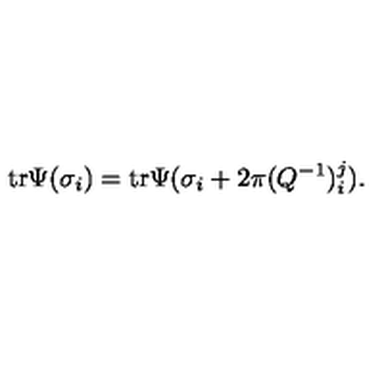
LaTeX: \mathrm { t r } \Psi ( \sigma _ { i } ) = \mathrm { t r } \Psi ( \sigma _ { i } + 2 \pi ( Q ^ { - 1 } ) _ { i } ^ { j } ) .